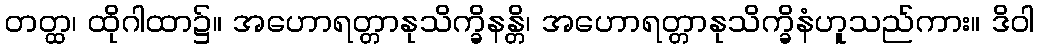
တတ္ထ၊ ထိုဂါထာ၌။ အဟောရတ္တာနုသိက္ခိနန္တိ၊ အဟောရတ္တာနုသိက္ခိနံဟူသည်ကား။ ဒိဝါ